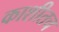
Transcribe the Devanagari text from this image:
काशीतच